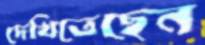
দেখিতেছেন